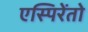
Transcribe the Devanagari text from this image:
एस्पिरेंतो